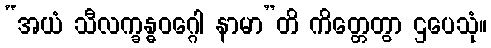
“အယံ သီလက္ခန္ဓဝဂ္ဂေါ နာမာ”တိ ကိတ္တေတွာ ဌပေသုံ။